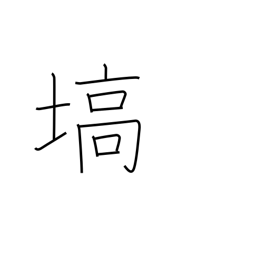
Meaning: projecting tableland or mountain